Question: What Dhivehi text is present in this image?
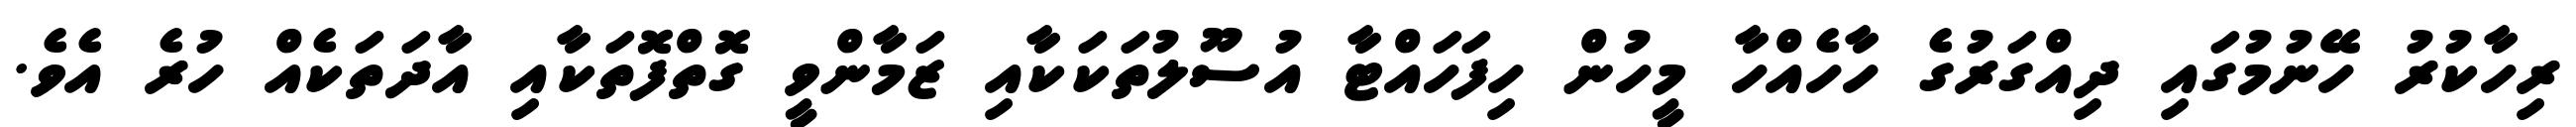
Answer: ރިހާކުރު ހޭނުމުގައި ދިއްގަރުގެ ހާހެއްހާ މީހުން ހިފަހައްޓާ އުސޫލުތަކަކާއި ޒަމާންވީ ގޮތްފޮތަކާއި އާދަތަކެއް ހުރެ އެވެ.